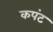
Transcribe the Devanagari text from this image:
कपंट